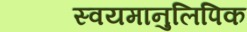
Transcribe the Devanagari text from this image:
स्वयमानुलिपिक